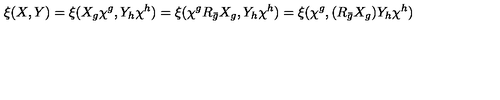
\xi ( X , Y ) = \xi ( X _ { g } \chi ^ { g } , Y _ { h } \chi ^ { h } ) = \xi ( \chi ^ { g } R _ { \bar { g } } X _ { g } , Y _ { h } \chi ^ { h } ) = \xi ( \chi ^ { g } , ( R _ { \bar { g } } X _ { g } ) Y _ { h } \chi ^ { h } )